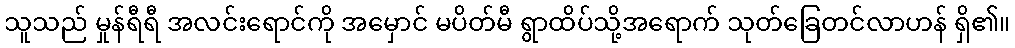
သူသည် မှုန်ရီရီ အလင်းရောင်ကို အမှောင် မပိတ်မီ ရွာထိပ်သို့အရောက် သုတ်ခြေတင်လာဟန် ရှိ၏။